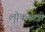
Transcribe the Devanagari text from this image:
लोकयात्री